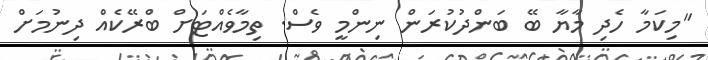
"މިކަމާ ހެދި މާޔާ ބޭ ބަންދުކުރަން ނިންމީ ވެސް. ތިމާވެއްޓަށް ބްރޭކެއް ދިނުމަށް